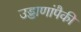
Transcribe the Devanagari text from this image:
उड्डाणांपैकी